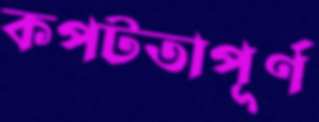
কপটতাপূর্ণ